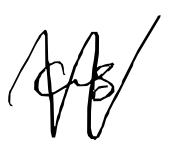
Text: as
Cross-out: zig-zag
Writing tool: digital_black